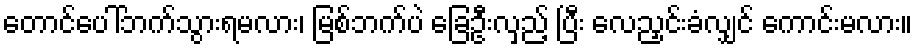
တောင်ပေါ်ဘက်သွားရမလား၊ မြစ်ဘက်ပဲ ခြေဦးလှည့် ပြီး လေညှင်းခံလျှင် ကောင်းမလား။